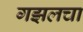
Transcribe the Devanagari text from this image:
गझलचा